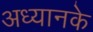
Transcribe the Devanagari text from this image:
अध्यानके